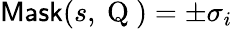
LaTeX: \textsf{Mask}(s,\mathrm{~Q~})=\pm\sigma_{i}